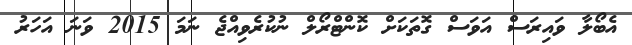
އެބޯލާ ވައިރަސް އަވަސް ގޮތަކަށް ކޮންޓްރޯލް ނުކުރެވިއްޖެ ނަމަ 2015 ވަނަ އަހަރު